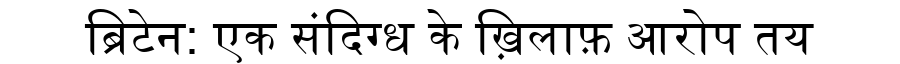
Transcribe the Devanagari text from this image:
ब्रिटेन: एक संदिग्ध के ख़िलाफ़ आरोप तय